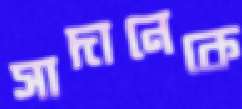
সাদানেকে